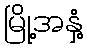
မြို့အနှံ့